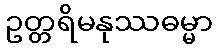
ဥတ္တရိမနုဿဓမ္မာ